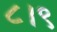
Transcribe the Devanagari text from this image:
८।९